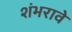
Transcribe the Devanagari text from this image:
शंभरावे